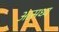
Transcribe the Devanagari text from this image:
आसध्य